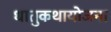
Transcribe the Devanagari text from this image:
धातुकथायोजना